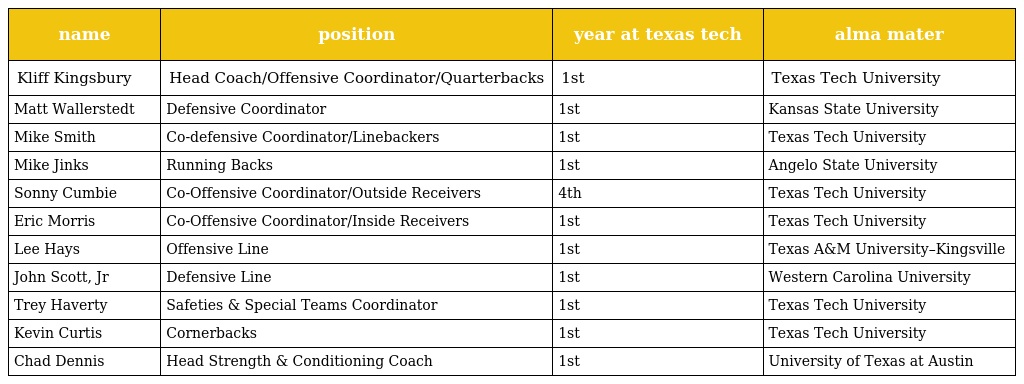
| name | position | year at texas tech | alma mater |
 | --- | --- | --- | --- |
 | Kliff Kingsbury | Head Coach/Offensive Coordinator/Quarterbacks | 1st | Texas Tech University |
 | Matt Wallerstedt | Defensive Coordinator | 1st | Kansas State University |
 | Mike Smith | Co-defensive Coordinator/Linebackers | 1st | Texas Tech University |
 | Mike Jinks | Running Backs | 1st | Angelo State University |
 | Sonny Cumbie | Co-Offensive Coordinator/Outside Receivers | 4th | Texas Tech University |
 | Eric Morris | Co-Offensive Coordinator/Inside Receivers | 1st | Texas Tech University |
 | Lee Hays | Offensive Line | 1st | Texas A&M University–Kingsville |
 | John Scott, Jr | Defensive Line | 1st | Western Carolina University |
 | Trey Haverty | Safeties & Special Teams Coordinator | 1st | Texas Tech University |
 | Kevin Curtis | Cornerbacks | 1st | Texas Tech University |
 | Chad Dennis | Head Strength & Conditioning Coach | 1st | University of Texas at Austin |